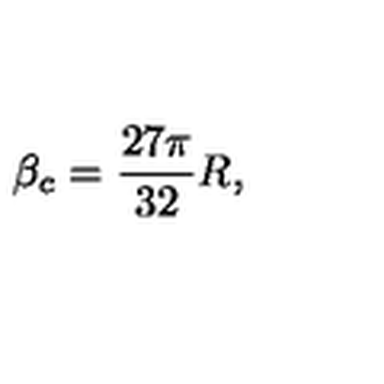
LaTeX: \beta _ { c } = { \frac { 2 7 \pi } { 3 2 } } R ,